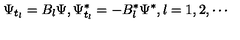
\Psi _ { t _ { l } } = B _ { l } \Psi , \Psi _ { t _ { l } } ^ { * } = - B _ { l } ^ { * } \Psi ^ { * } , l = 1 , 2 , \cdots